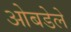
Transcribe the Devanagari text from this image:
ओबडेले